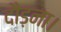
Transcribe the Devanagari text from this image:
दौड़ना।